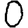
Digit: 0